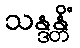
သန္ဒန္တိံ